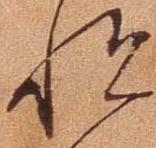
悦